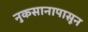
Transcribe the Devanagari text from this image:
नुकसानापासून